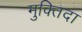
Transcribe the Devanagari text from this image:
मुक्‍तिदा